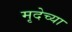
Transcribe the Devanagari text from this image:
मृदेच्या